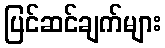
ပြင်ဆင်ချက်များ